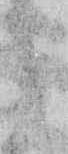
し